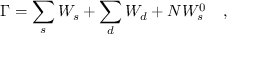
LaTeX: \Gamma = \sum _ { s } W _ { s } + \sum _ { d } W _ { d } + N W _ { s } ^ { 0 } ~ ~ ~ ,